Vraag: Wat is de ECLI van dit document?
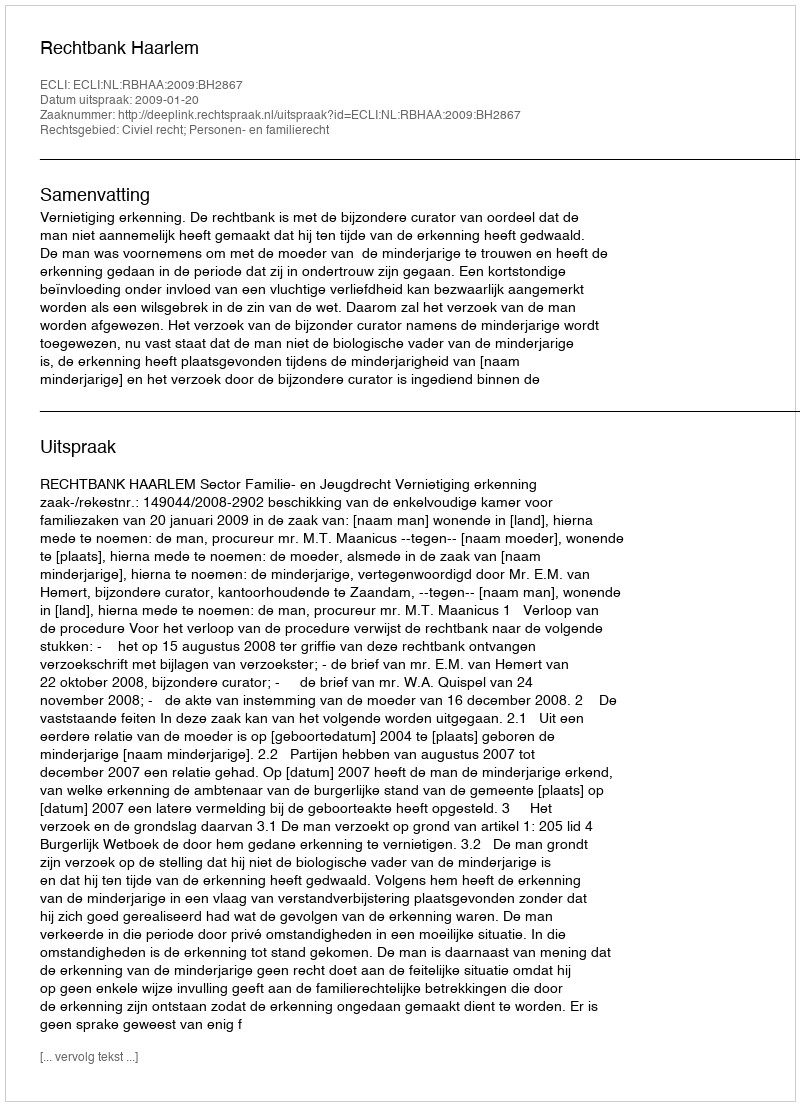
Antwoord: ECLI:NL:RBHAA:2009:BH2867